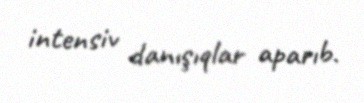
intensiv danışıqlar aparıb.